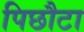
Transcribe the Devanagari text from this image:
पिछौटा